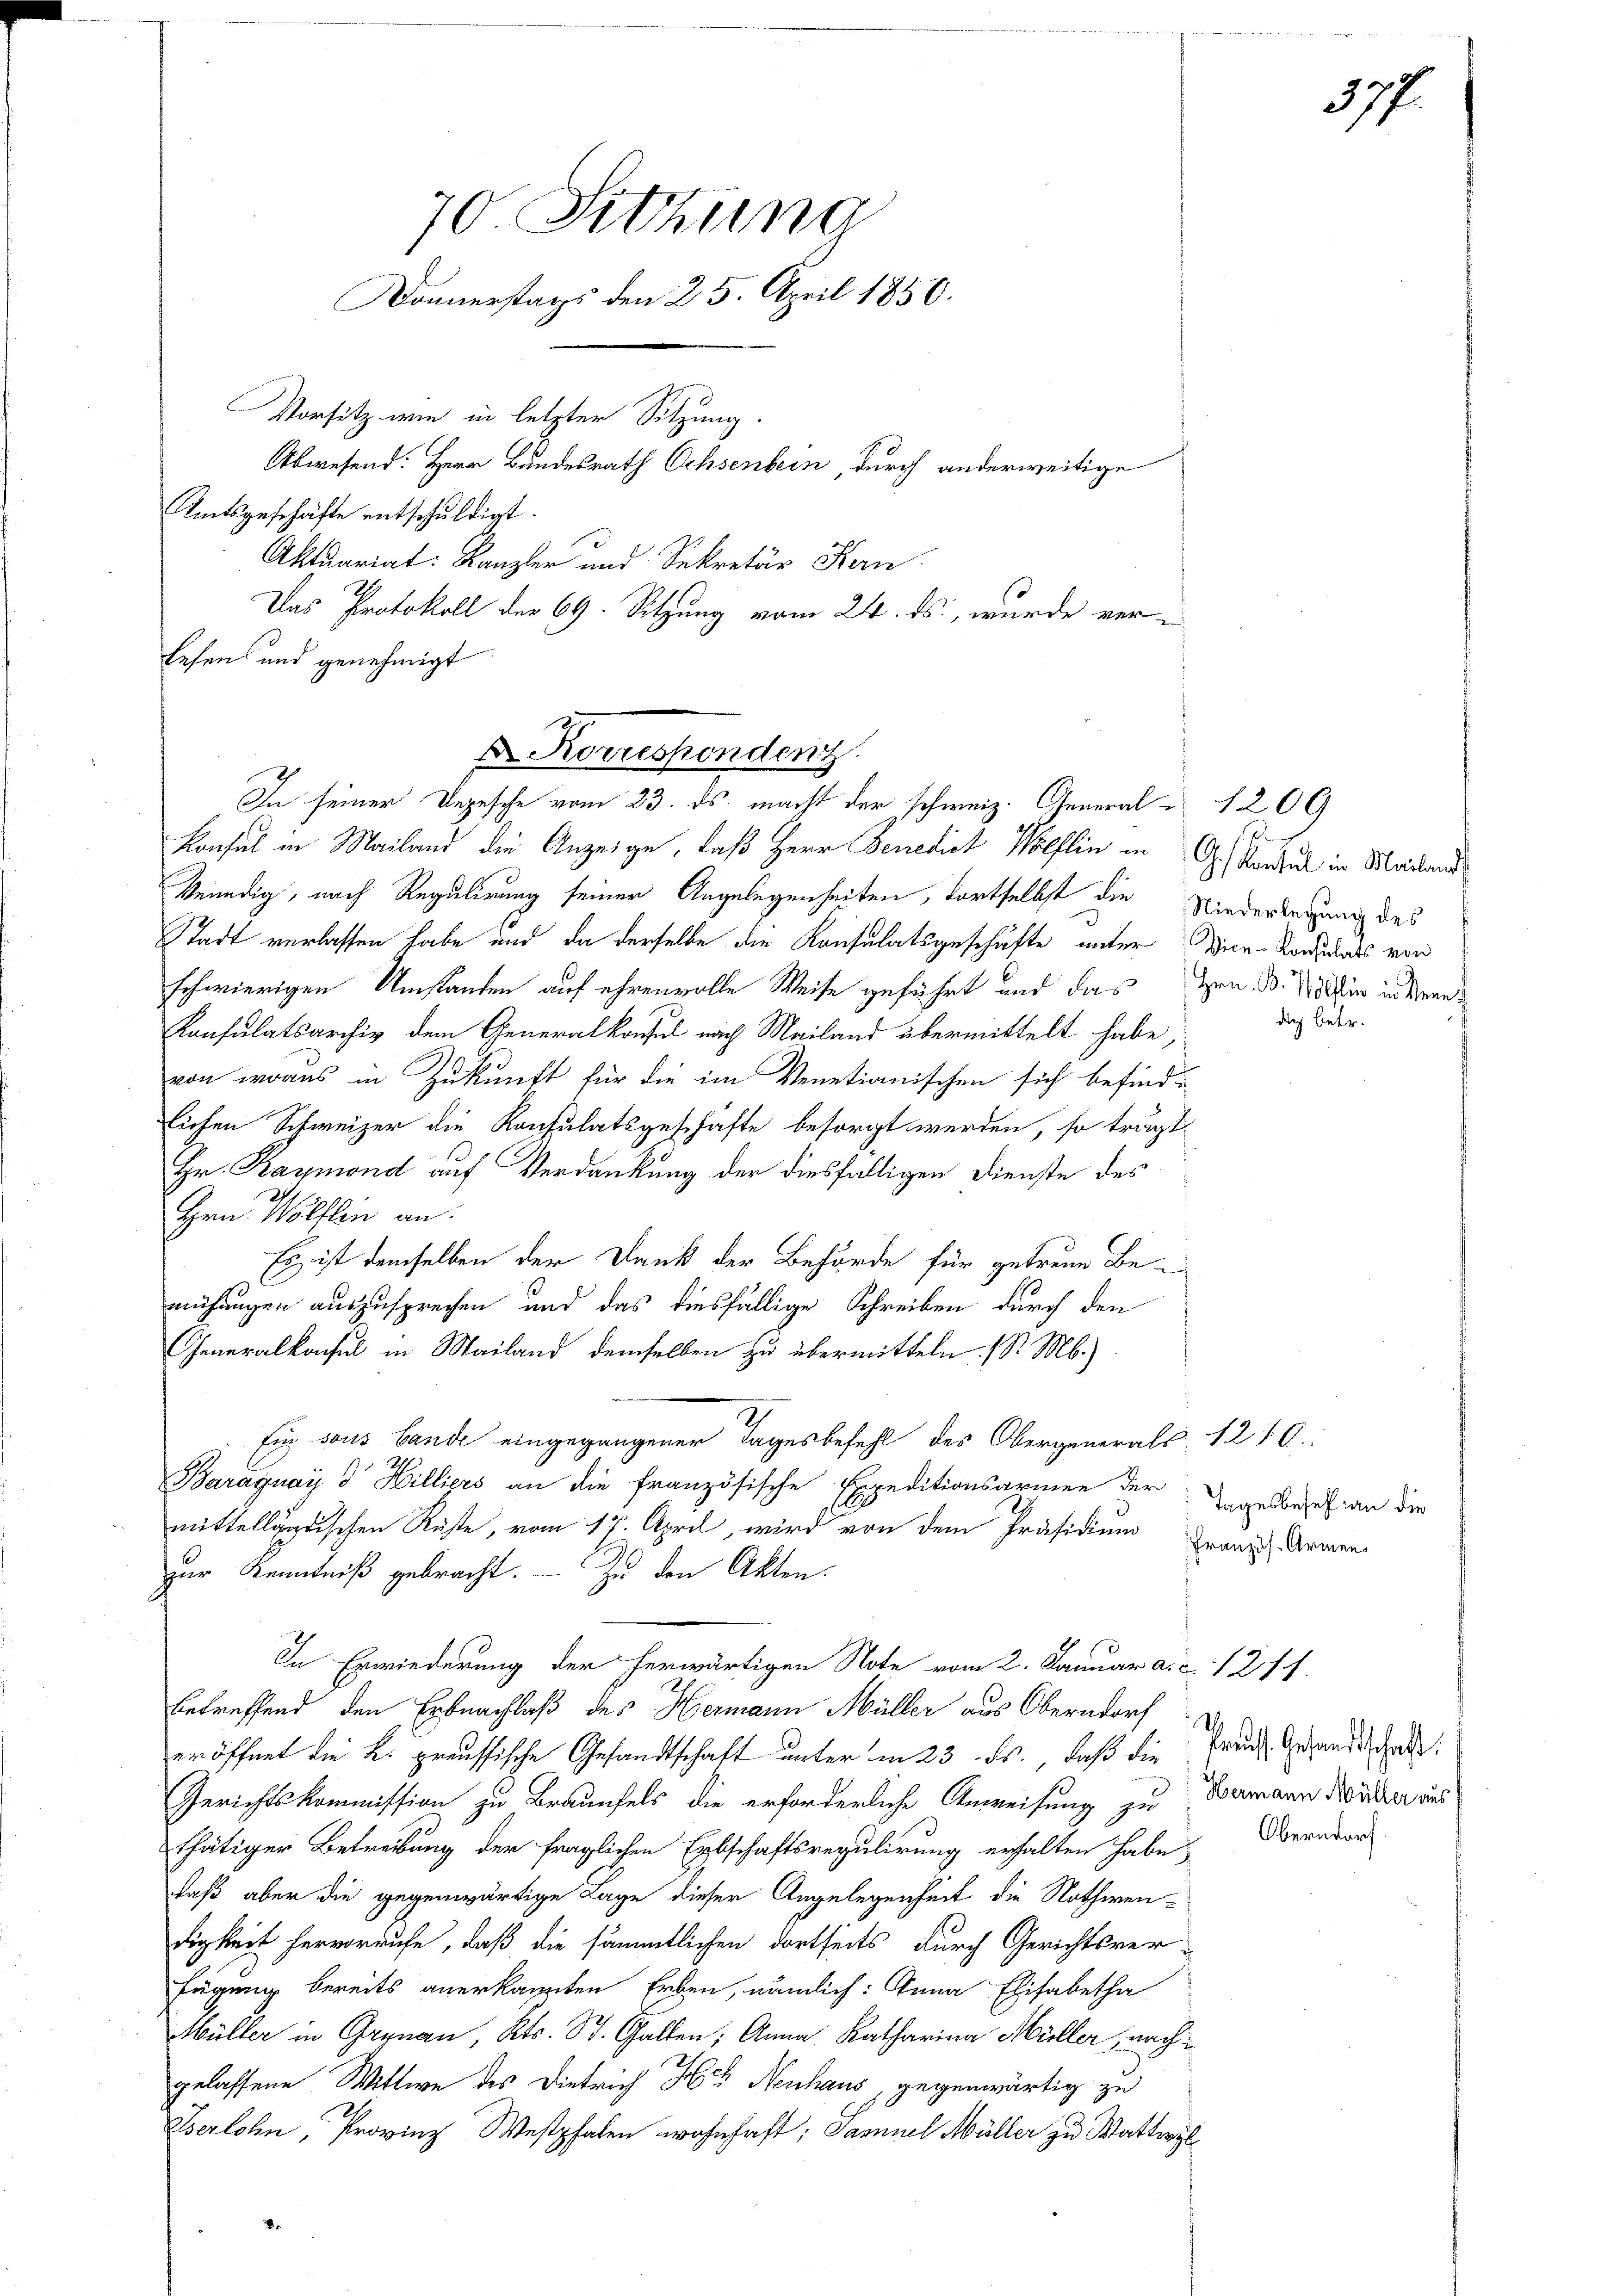
Das Protokoll der 69. Sitzung vom 24. ds., wurde ver¬
Lesens und genehmigt

70 Sitzung
Donnerstags den 25. April 1850.
Vorsitz wie in letzter Sitzung.
Abwesend: Herr Bundesrath Ochsenbern, durch anderweitige
Amtsgeschäfte entschuldigt.
Aktuariat: Kanzler und Sekretär Kern

Konsul in Mailand die Anzeige, daß Herr Benedict Wölflin in G. Konsul in Mailand
Venedig, nach Regulirung seiner Angelegenheiten, dortselbst die Niederlegung des
Stadt verlassen habe und da derselbe die Konsulatsgeschäfte unter Vice-Kordats von
schwierigen Umstanden auf ehrenvolle Weise geführt und das Hrn. B. in in Kran¬
Konsulatsarchiv dem Generalkonsul nach Mailand übermittelt habe,
von worus in Zukunft für die im Venetianischen sich befind-
lichen Schweizer die Konsulatsgeschäfte besorgt werden, so trägt
Hr. Kaymond auf Verdankung der diesfälligen Dienste des
Hrn. Wölflin an.
Es ist demselben der Dank der Behörde für getreue Be-
mühungen auszusprechen und das diesfällige Schreiben durch den
Generalkonsul in Mailand demselben zu übermitteln. (S. M.)
Ein sous bande eingegangener Tages befehl des Obergenerals 1240:
Baraguay d. Hilliers an die französische Expeditionsarmen der Tagelbezifian die
mittelländischen Rüste, vom 17. April, wird von dem Präsidium franz Armen
zur Kenntniß gebracht. — Zu den Akten.
In Erwiederung der herwärtigen Note vom 2. Januar a. c. 1211.
betreffend den Erbnachlaß des Hermann Müller aus Oberndorf
eröffnet die K. preussische Gesandtschaft unter in 23. ds., daß die
Gerichtskommission zu Braunfels die erforderliche Anweisung zu Damann Näher aus
thätiger Betreibung der fraglichen Erbschaftsregulirung erhalten habe,
daß aber die gegenwärtige Lage dieser Angelegenheit die Nothwendigkeit hervorrufe, daß die sämmtlichen dortseits durch Gerichtsver-
fügung bereits anerkannten Erben, nämlich: Anna Elisabetha
Müller in Grynau, Kts. St. Gallen; Anna Katharina Müller, nach
gelassene Wittwe des Dietrich Her Neuhaus, gegenwärtig zu
Verlohn, Provinz Westphalen wohnhaft; Samuel Müller zu Wattwyl

Dr. Korrespondenz
In seiner Depesche vom 23. ds. macht der schweiz. General - 1200

dich betr.

V.
Preuss. Gesandtschaft.
Oberndorf

377.